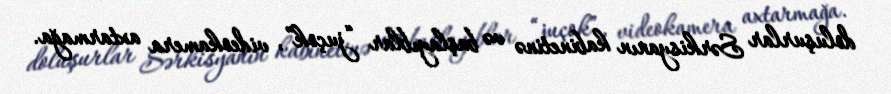
doluşurlar Sərkisyanın kabinetinə və başlayıblar “juçok”, videokamera axtarmağa.